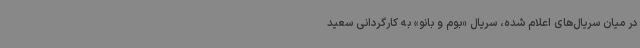
در میان سریال‌های اعلام شده، سریال «بوم و بانو» به کارگردانی سعید